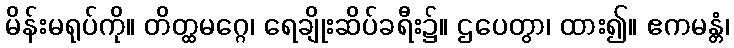
မိန်းမရုပ်ကို။ တိတ္ထမဂ္ဂေ၊ ရေချိုးဆိပ်ခရီး၌။ ဌပေတွာ၊ ထား၍။ ဧကမန္တံ၊